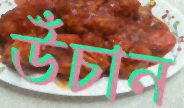
উঁচান